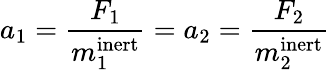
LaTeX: a_{1}={\frac{F_{1}}{m_{1}^{\mathrm{inert}}}}=a_{2}={\frac{F_{2}}{m_{2}^{\mathrm{inert}}}}